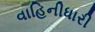
વાહિનીધારી